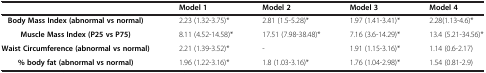
<table><thead><tr><td><b> </b></td><td><b>Model 1</b></td><td><b>Model 2</b></td><td><b>Model 3</b></td><td><b>Model 4</b></td></tr></thead><tbody><tr><td><b>Body Mass Index (abnormal vs normal)</b></td><td>2.23 (1.32-3.75)*</td><td>2.81 (1.5-5.28)*</td><td> </td><td>1.97 (1.41-3.41)*</td><td>2.28(1.13-4.6)*</td></tr><tr><td><b>Muscle Mass Index (P25 vs P75)</b></td><td>8.11 (4.52-14.58)*</td><td>17.51 (7.98-38.48)*</td><td> </td><td>7.16 (3.6-14.29)*</td><td>13.4 (5.21-34.56)*</td></tr><tr><td><b>Waist Circumference (abnormal vs normal)</b></td><td>2.21 (1.39-3.52)*</td><td>-</td><td> </td><td>1.91 (1.15-3.16)*</td><td>1.14 (0.6-2.17)</td></tr><tr><td><b>% body fat (abnormal vs normal)</b></td><td>1.96 (1.22-3.16)*</td><td>1.8 (1.03-3.16)*</td><td> </td><td>1.76 (1.04-2.98)*</td><td>1.54 (0.81-2.9)</td></tr></tbody></table>